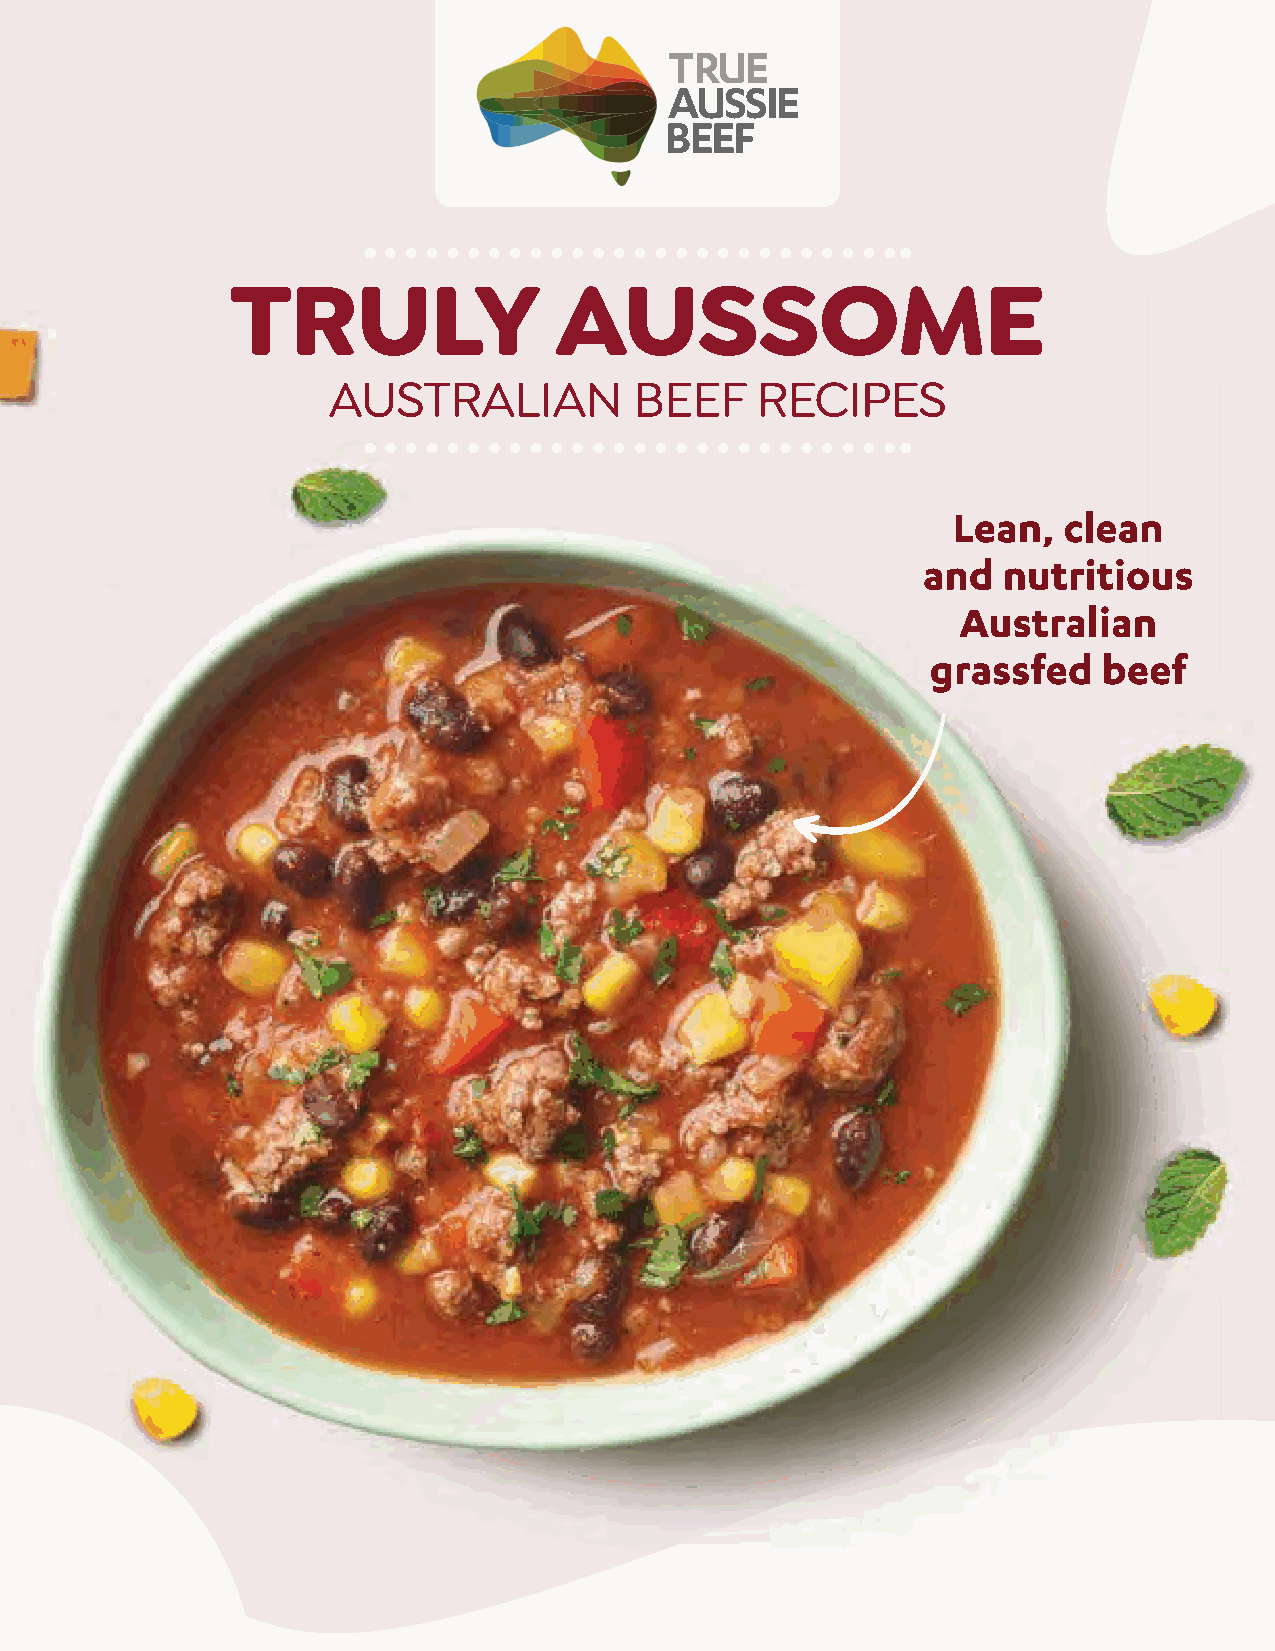
TRULY                 AUSSOME
 AUSTRALIAN          BEEF    RECIPES